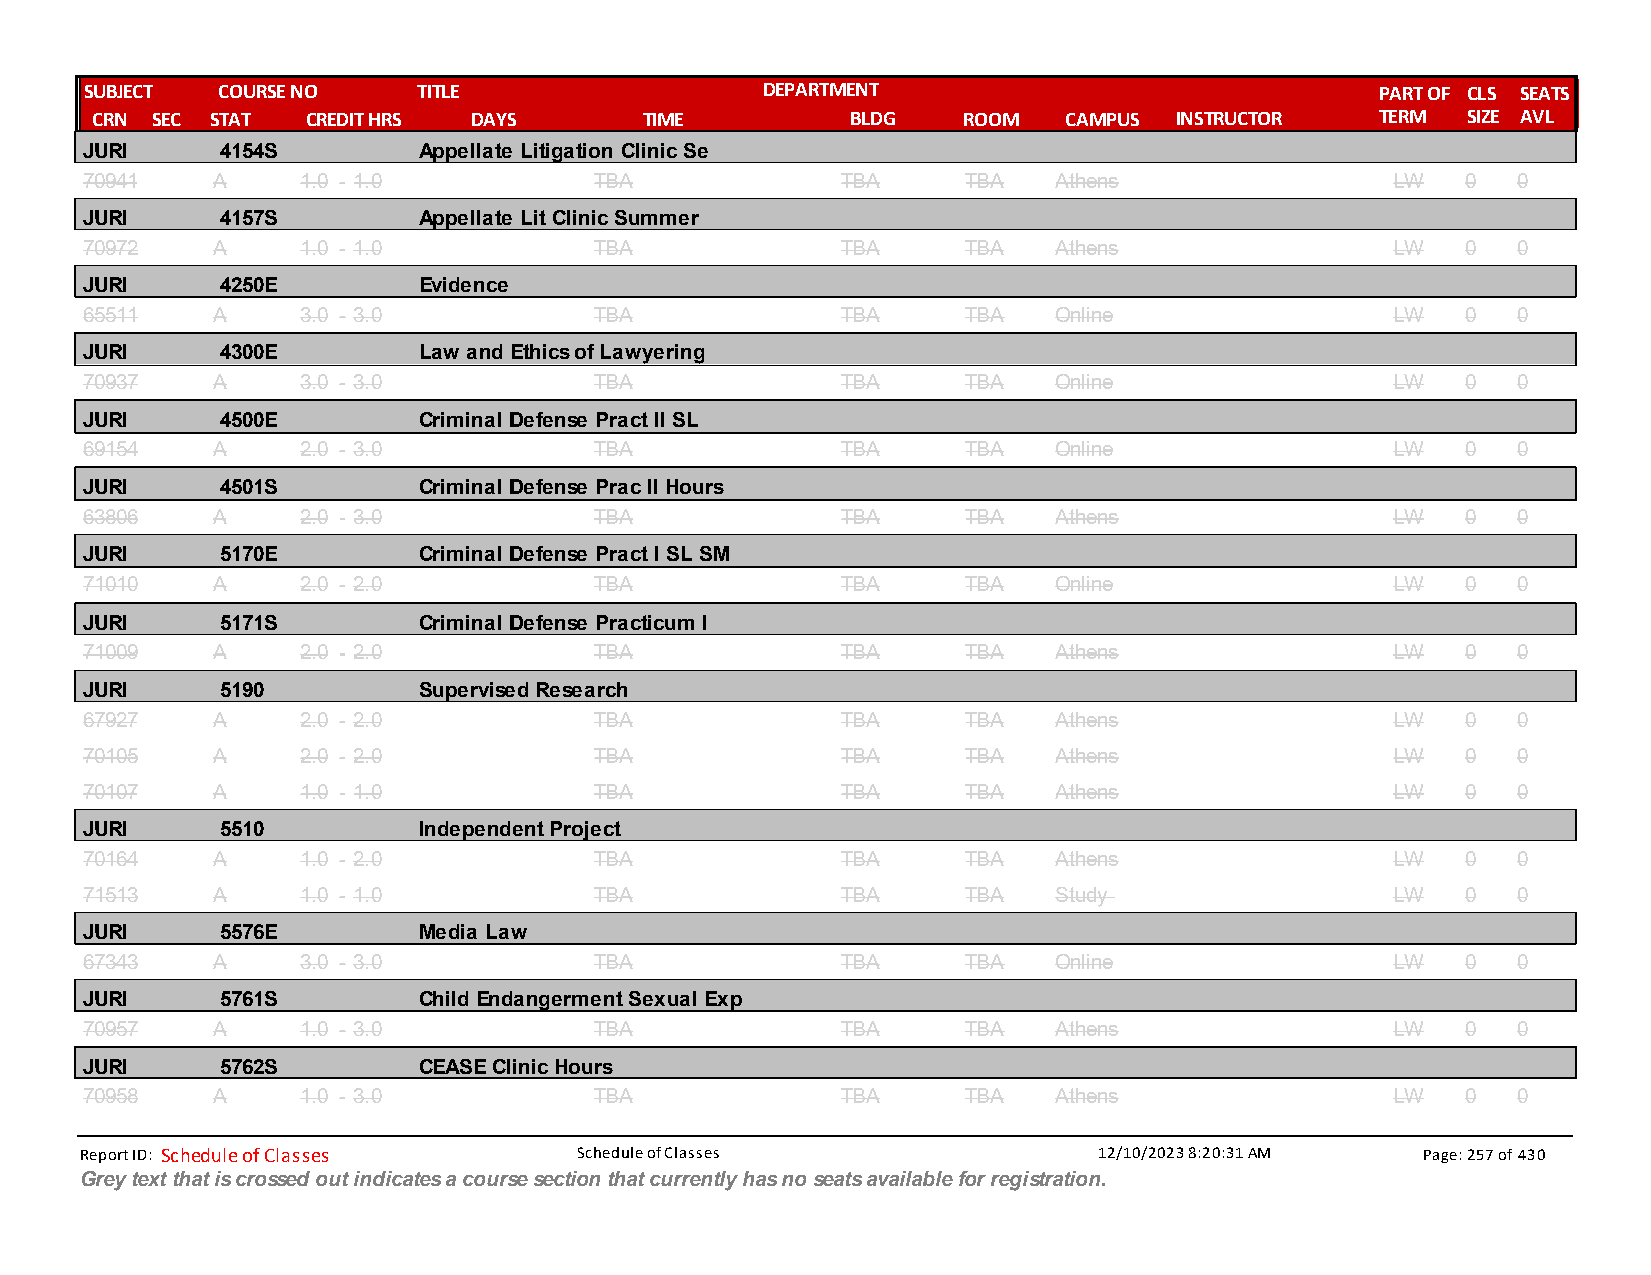
SUBJECT COURSE NO     TITLE                 DEPARTMENT                               PART OF CLS SEATS
 CRN SEC STAT  CREDIT HRS DAYS        TIME         BLDG    ROOM  CAMPUS  INSTRUCTOR   TERM  SIZE AVL
 JURI      4154S        Appellate Litigation Clinic Se
 70941    A     1.0 - 1.0          TBA              TBA     TBA   Athens                LW   0  0
 JURI      4157S        Appellate Lit Clinic Summer
 70972    A     1.0 - 1.0          TBA              TBA     TBA   Athens                LW   0  0
 JURI      4250E        Evidence
 65511    A     3.0 - 3.0          TBA              TBA     TBA   Online                LW   0  0
 JURI      4300E        Law and Ethics of Lawyering
 70937    A     3.0 - 3.0          TBA              TBA     TBA   Online                LW   0  0
 JURI      4500E        Criminal Defense Pract II SL
 69154    A     2.0 - 3.0          TBA              TBA     TBA   Online                LW   0  0
 JURI      4501S        Criminal Defense Prac II Hours
 63806    A     2.0 - 3.0          TBA              TBA     TBA   Athens                LW   0  0
 JURI      5170E        Criminal Defense Pract I SL SM
 71010    A     2.0 - 2.0          TBA              TBA     TBA   Online                LW   0  0
 JURI      5171S        Criminal Defense Practicum I
 71009    A     2.0 - 2.0          TBA              TBA     TBA   Athens                LW   0  0
 JURI      5190         Supervised Research
 67927    A     2.0 - 2.0          TBA              TBA     TBA   Athens                LW   0  0
 70105    A     2.0 - 2.0          TBA              TBA     TBA   Athens                LW   0  0
 70107    A     1.0 - 1.0          TBA              TBA     TBA   Athens                LW   0  0
 JURI      5510         Independent Project
 70164    A     1.0 - 2.0          TBA              TBA     TBA   Athens                LW   0  0
 71513    A     1.0 - 1.0          TBA              TBA     TBA   Study                 LW   0  0
 JURI      5576E        Media Law
 67343    A     3.0 - 3.0          TBA              TBA     TBA   Online                LW   0  0
 JURI      5761S        Child Endangerment Sexual Exp
 70957    A     1.0 - 3.0          TBA              TBA     TBA   Athens                LW   0  0
 JURI      5762S        CEASE Clinic Hours
 70958    A     1.0 - 3.0          TBA              TBA     TBA   Athens                LW   0  0
 Report ID: Schedule of Classes   Schedule of Classes                12/10/2023 8:20:31 AM Page: 257 of 430
 Grey text that is crossed out indicates a course section that currently has no seats available for registration.